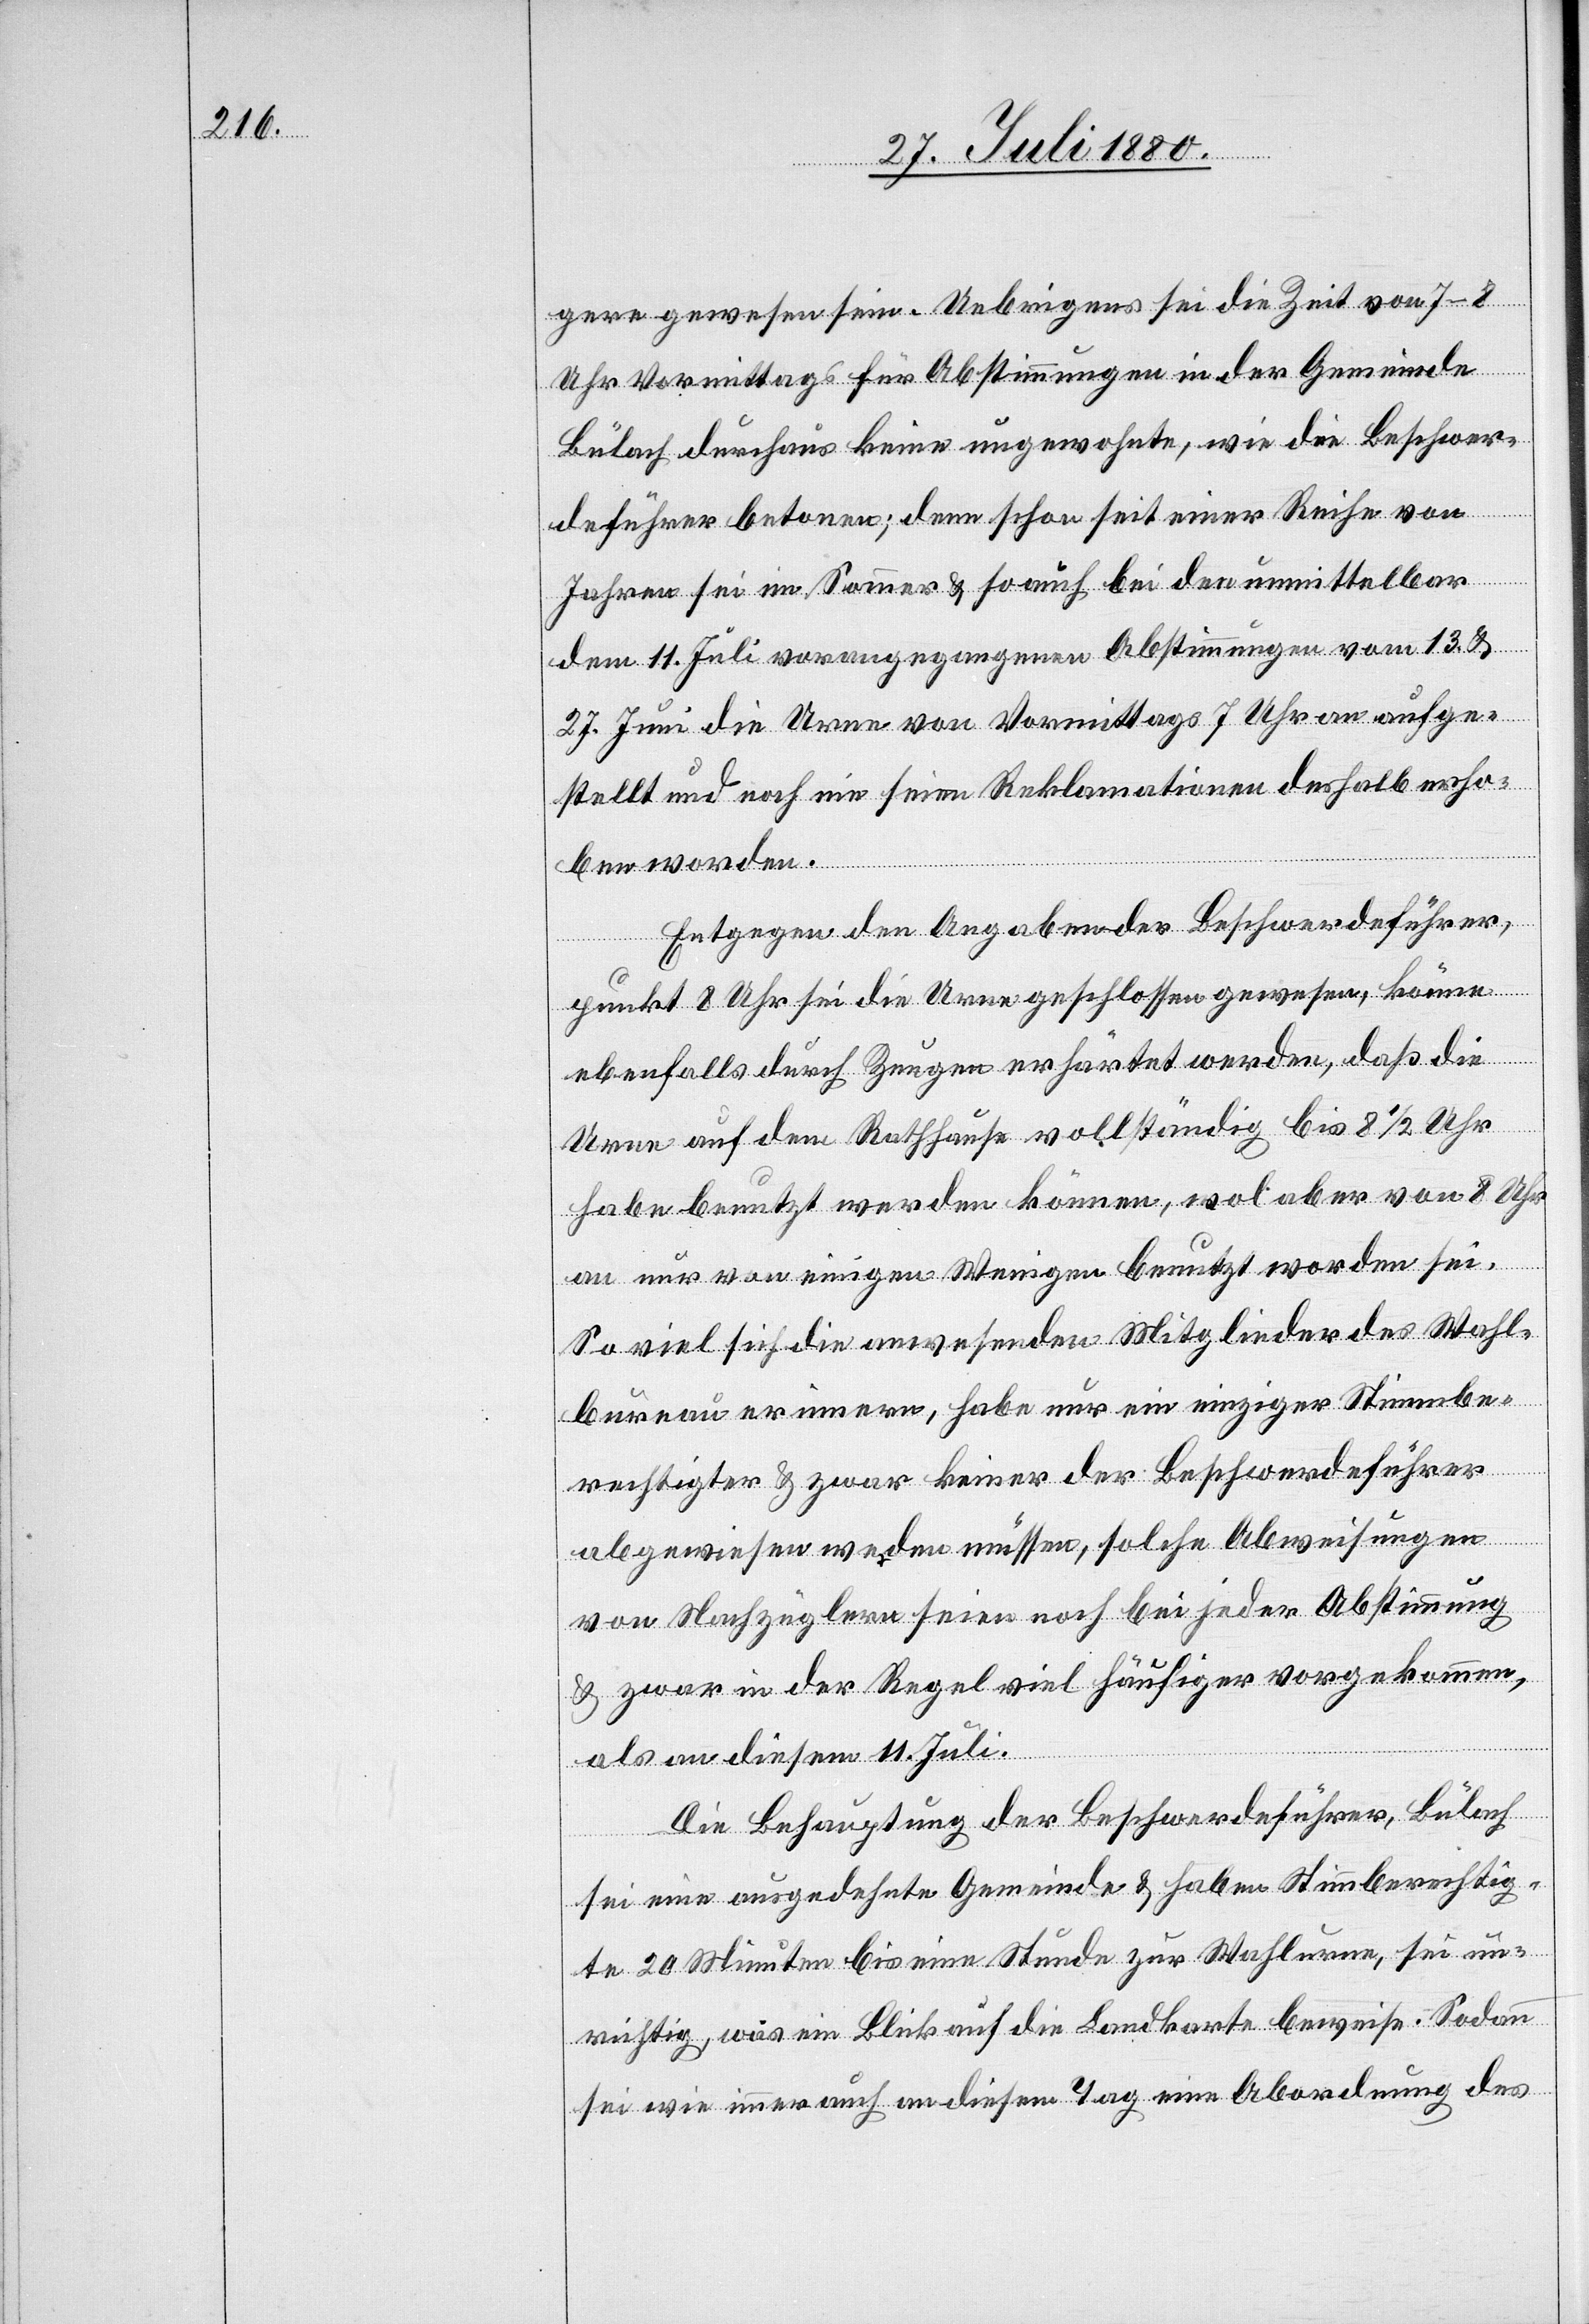
gere gewesen sein. Uebrigens sei die Zeit von 7–8
Uhr Vormittags für Abstimmungen in der Gemeinde
Bülach durchaus keine ungewohnte, wie die Beschwer¬
deführer betonen; denn schon seit einer Reihe von
Jahren sei im Sommer & so auch bei den unmittelbar
dem 11. Juli vorangegangenen Abstimmungen vom 13. &
27. Juni die Urne von Vormittags 7 Uhr an aufge¬
stellt und noch nie sei eine Reklamation deshalb erho¬
ben worden.
Entgegen den Angaben der Beschwerdeführer,
punkt 8 Uhr sei die Urne geschlossen gewesen, könne
ebenfalls durch Zeugen erhärtet werden, daß die
Urne auf dem Rathhause vollständig bis 8 1/2 Uhr
habe benutzt werden können, wol aber von 8 Uhr
an nur von einigen Wenigen benutzt worden sei.
So viel sich die anwesenden Mitglieder des Wahl¬
bureau erinnern, habe nur ein einziger Stimmbe¬
rechtigter & zwar keiner der Beschwerdeführer
abgewiesen werden müssen, solche Abweisungen
von Nachzüglern seien noch bei jeder Abstimmung
& zwar in der Regel viel häufiger vorgekommen,
als an diesem 11. Juli.
Die Behauptung der Beschwerdeführer, Bülach
sei eine ausgedehnte Gemeinde & haben Stimmberechtig¬
te 20 Minuten bis eine Stunde zur Wahlurne, sei un¬
richtig, wie ein Blick auf die Landkarte beweise. Sodann
sei wie immer auch an diesem Tag eine Abordnung des